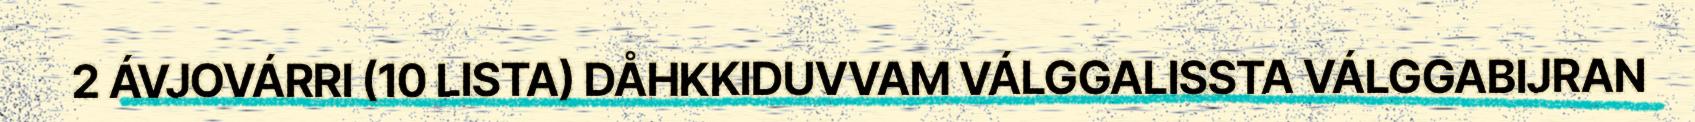
2 ÁVJOVÁRRI (10 LISTA) DÅHKKIDUVVAM VÁLGGALISSTA VÁLGGABIJRAN